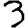
Digit: 3